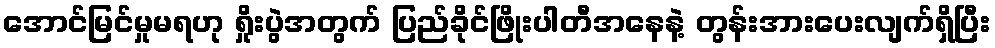
အောင်မြင်မှုမရဟု ရှိုးပွဲအတွက် ပြည်ခိုင်ဖြိုးပါတီအနေနဲ့ တွန်းအားပေးလျက်ရှိပြီး